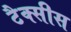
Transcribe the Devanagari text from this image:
टैक्सीस